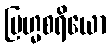
ဗြဟ္မစရိယော